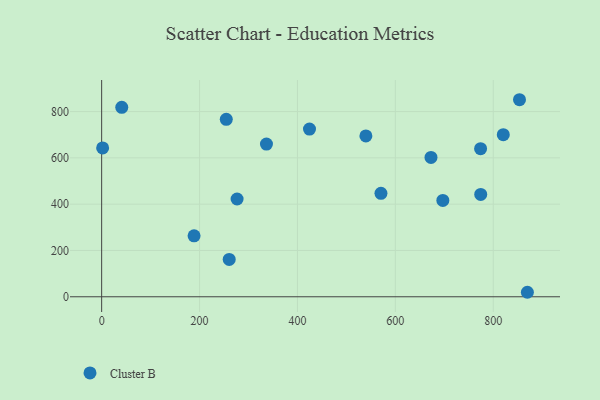
{"axis": {"x": "Ad Spend", "y": "Salary"}, "legend": ["Cluster B"], "data": [{"x": "336.7", "y": 659.5, "type": "Cluster B"}, {"x": "2.0", "y": 642.9, "type": "Cluster B"}, {"x": "424.6", "y": 724.2, "type": "Cluster B"}, {"x": "672.8", "y": 602.1, "type": "Cluster B"}, {"x": "539.8", "y": 694.9, "type": "Cluster B"}, {"x": "41.1", "y": 818.2, "type": "Cluster B"}, {"x": "697.0", "y": 416.1, "type": "Cluster B"}, {"x": "853.6", "y": 851.2, "type": "Cluster B"}, {"x": "774.4", "y": 442.1, "type": "Cluster B"}, {"x": "260.6", "y": 161.3, "type": "Cluster B"}, {"x": "188.8", "y": 263.1, "type": "Cluster B"}, {"x": "276.7", "y": 422.4, "type": "Cluster B"}, {"x": "774.1", "y": 639.9, "type": "Cluster B"}, {"x": "820.5", "y": 700.2, "type": "Cluster B"}, {"x": "869.7", "y": 19.4, "type": "Cluster B"}, {"x": "570.6", "y": 446.8, "type": "Cluster B"}, {"x": "254.6", "y": 766.4, "type": "Cluster B"}]}